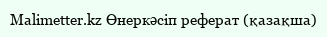
Malimetter.kz Өнеркәсіп реферат (қазақша)